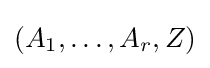
(A_{1},\dots ,A_{r},Z)